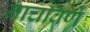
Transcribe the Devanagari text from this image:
नाचविणे